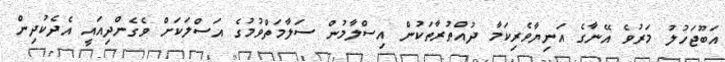
އަބޫޖަހުލު މަރުވެ އޭނާގެ އަނިޔާވެރިކަމާ ދުއްތުރާތަކުން އިސްލާމުން ސަލާމަތްވުމުގެ އަސްލަކަށް ވެގެންދިއައީ އެދެކުދިން